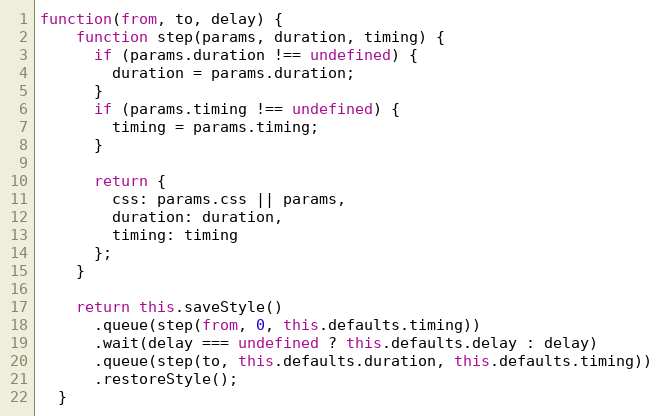
Language: JavaScript
function(from, to, delay) {
    function step(params, duration, timing) {
      if (params.duration !== undefined) {
        duration = params.duration;
      }
      if (params.timing !== undefined) {
        timing = params.timing;
      }

      return {
        css: params.css || params,
        duration: duration,
        timing: timing
      };
    }

    return this.saveStyle()
      .queue(step(from, 0, this.defaults.timing))
      .wait(delay === undefined ? this.defaults.delay : delay)
      .queue(step(to, this.defaults.duration, this.defaults.timing))
      .restoreStyle();
  }